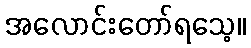
အလောင်းတော်ရသေ့။